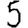
Digit: 5